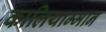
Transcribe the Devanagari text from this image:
कालियाम्मान